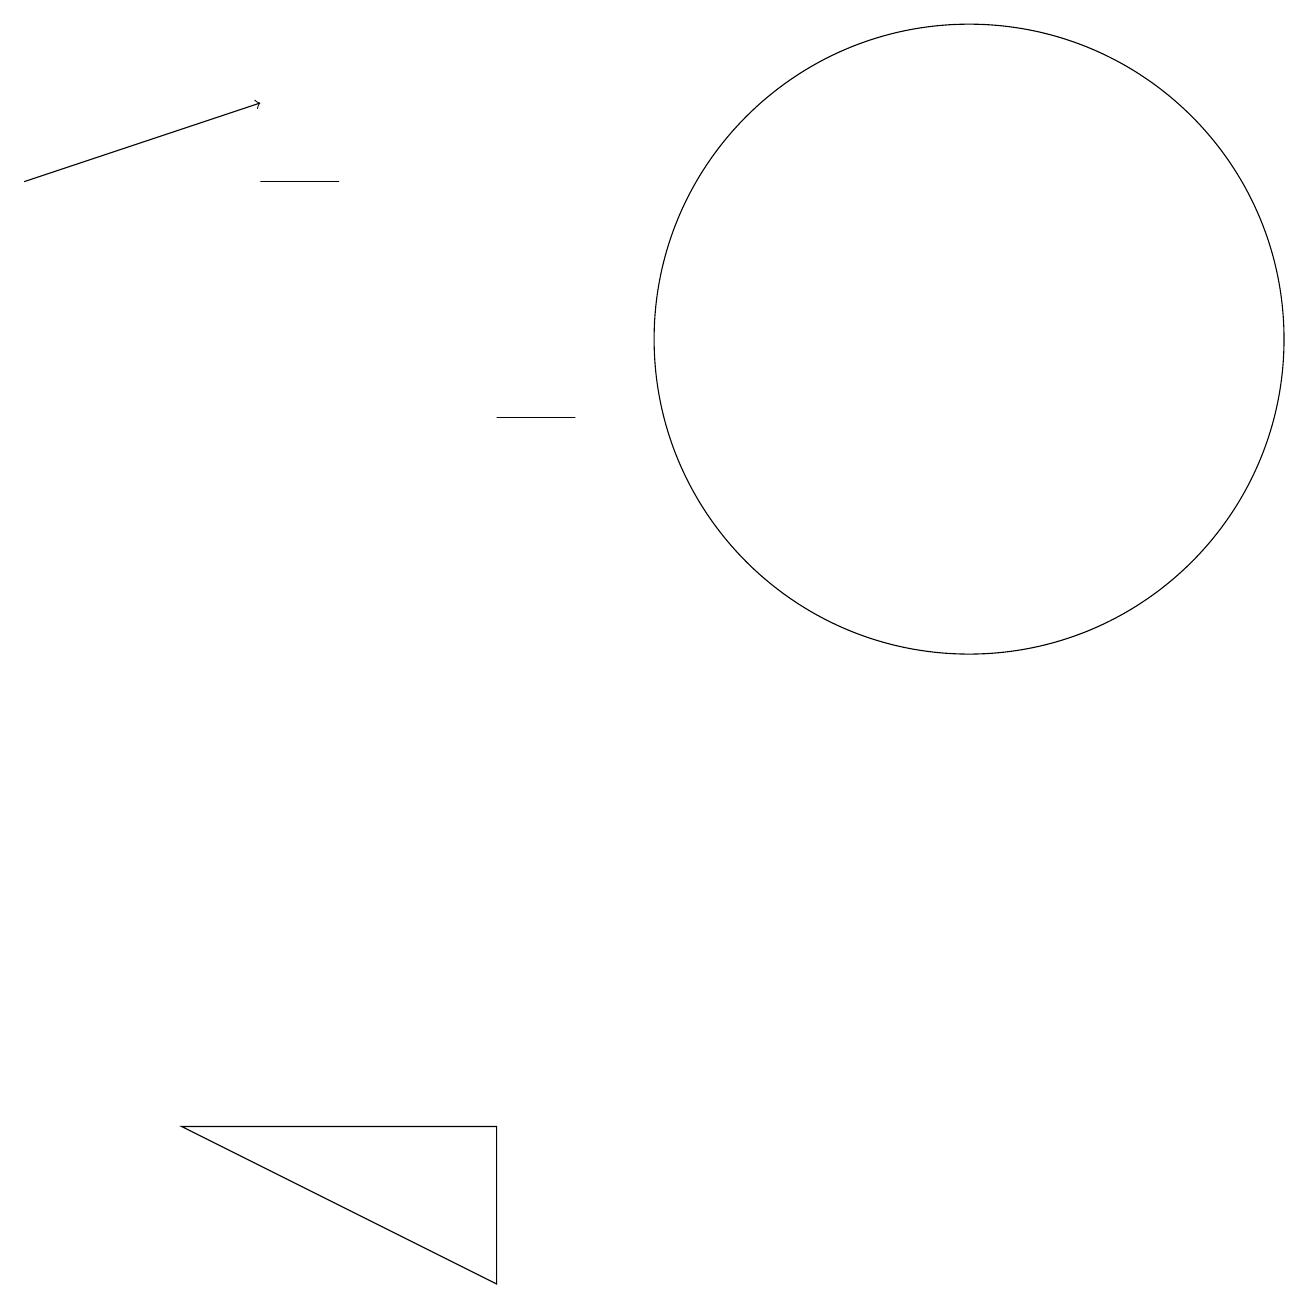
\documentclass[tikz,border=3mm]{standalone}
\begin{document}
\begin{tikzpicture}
\draw (3,14) rectangle (4,14);
\draw[->] (0,14) -- (3,15);
\draw (6,11) rectangle (7,11);
\draw (12,12) circle (4);
\draw (2,2) -- (6,0) -- (6,2) -- cycle;
\draw (12,11) circle (0);
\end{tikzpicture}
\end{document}